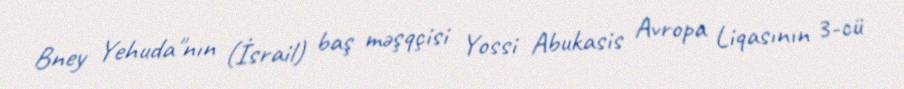
Bney Yehuda"nın (İsrail) baş məşqçisi Yossi Abukasis Avropa Liqasının 3-cü